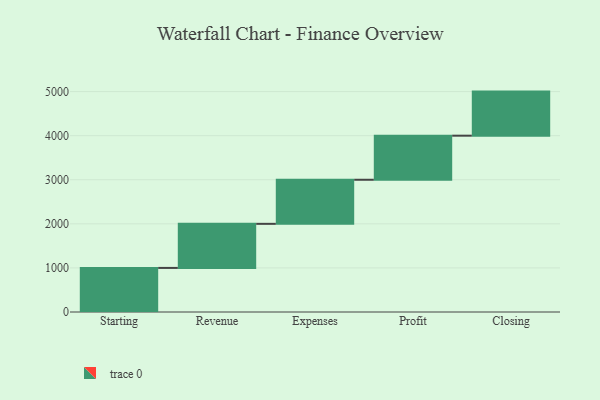
{"axis": {"x": "Step", "y": "Value"}, "legend": [""], "data": [{"x": "Starting", "y": 1000, "type": ""}, {"x": "Revenue", "y": 1000, "type": ""}, {"x": "Expenses", "y": 1000, "type": ""}, {"x": "Profit", "y": 1000, "type": ""}, {"x": "Closing", "y": 1000, "type": ""}]}